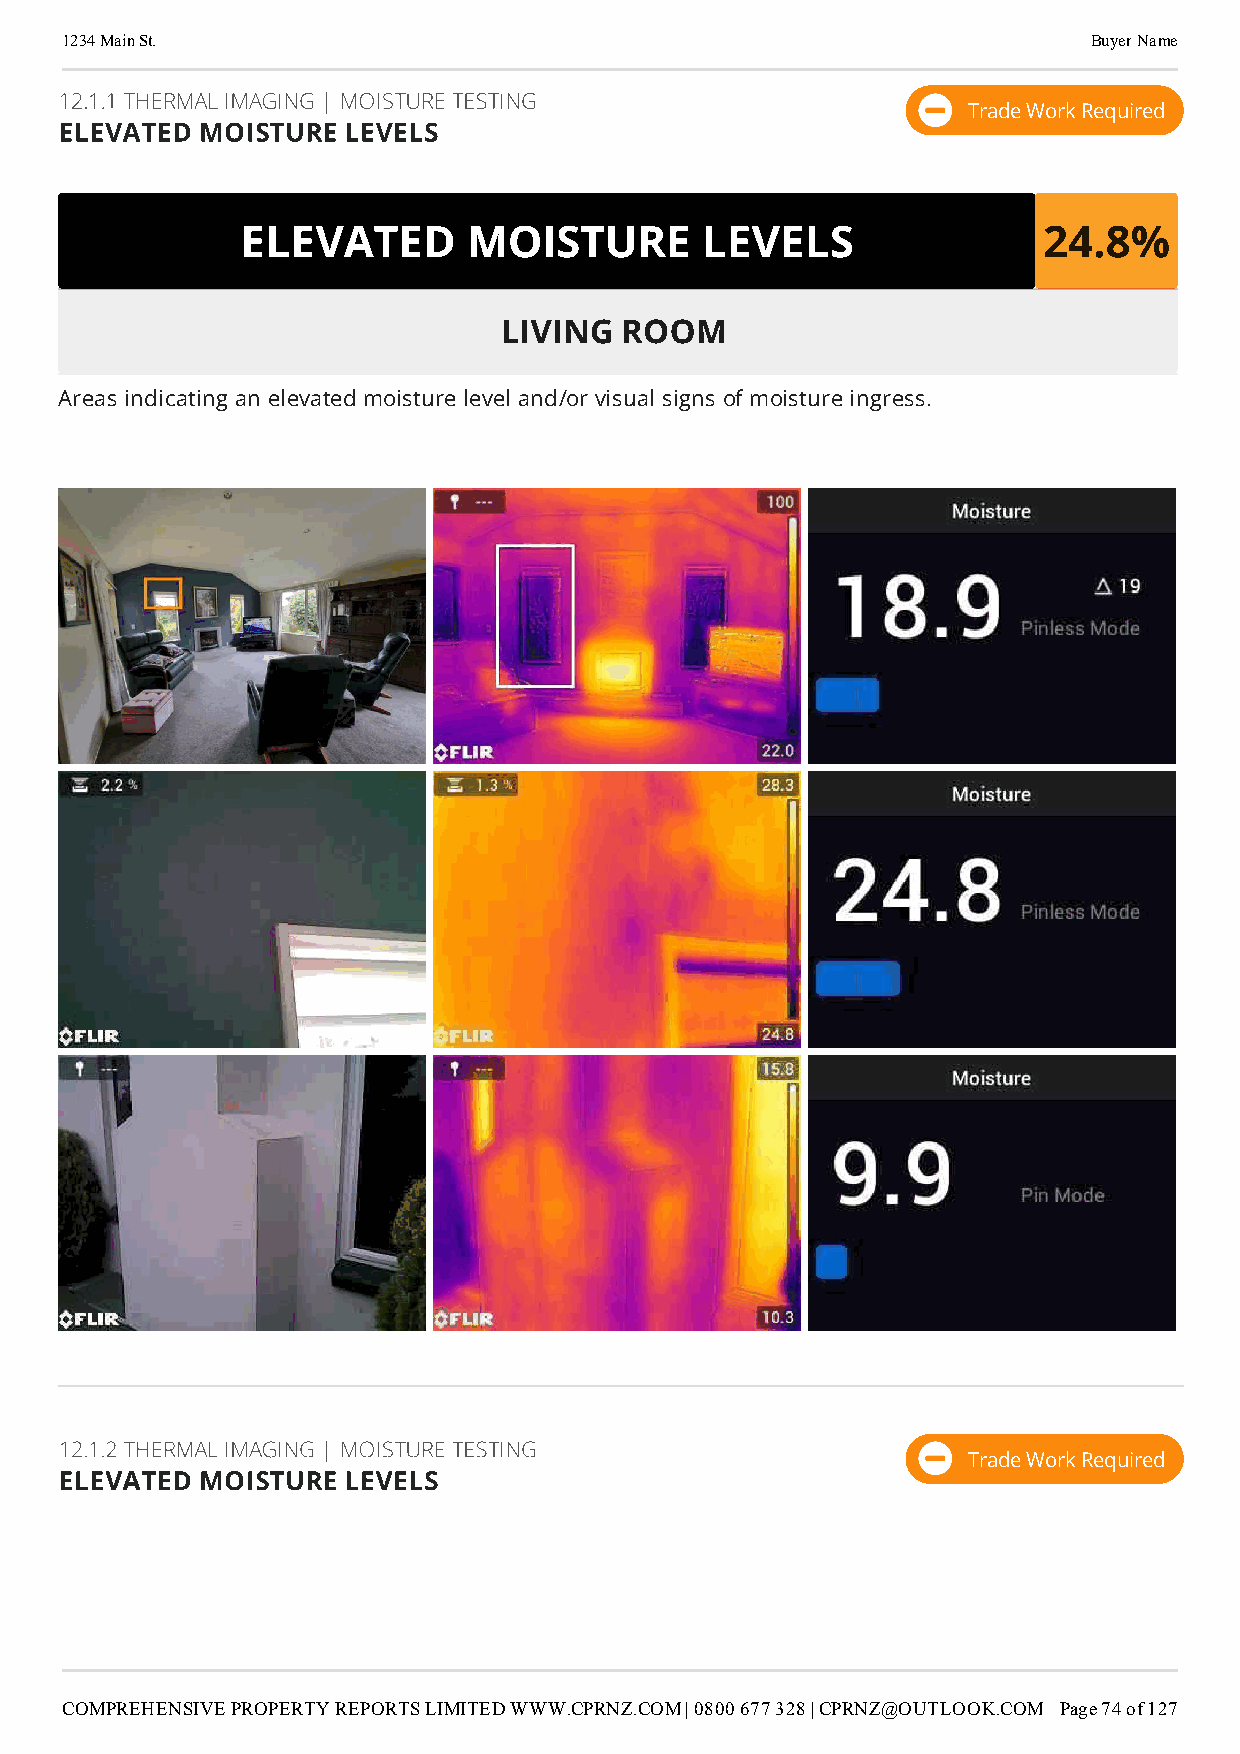
1234 Main St.                                                       Buyer Name
 12.1.1 THERMAL IMAGING | MOISTURE TESTING
 Trade Work Required
 ELEVATED MOISTURE  LEVELS
 ELEVATED       MOISTURE       LEVELS                 24.8%
 LIVING  ROOM
 Areas indicating an elevated moisture level and/or visual signs of moisture ingress.
 12.1.2 THERMAL IMAGING | MOISTURE TESTING
 Trade Work Required
 ELEVATED MOISTURE  LEVELS
 COMPREHENSIVE PROPERTY REPORTS LIMITED WWW.CPRNZ.COM | 0800 677 328 | CPRNZ@OUTLOOK.COM Page 74 of 127